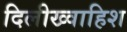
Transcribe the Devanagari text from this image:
दिलीख्वाहिश